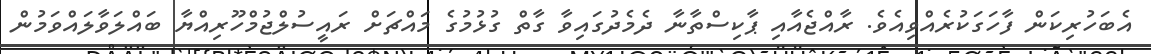
އެބަހުރިކަން ފާހަގަކުރެއްވިއެވެ. ރާއްޖެއާއި ޕާކިސްތާނާ ދެމެދުގައިވާ ގާތް ގުޅުމުގެ މައްޗަށް ރައީސުލްޖުމްހޫރިއްޔާ ބައްލަވާލައްވަމުން